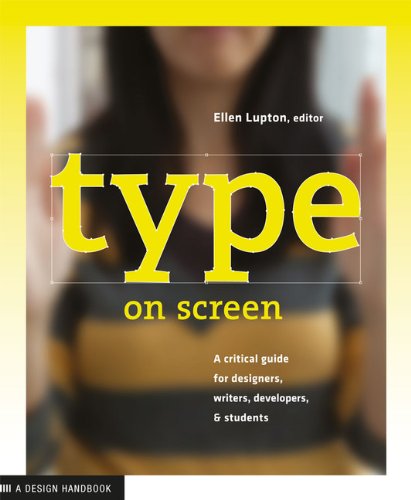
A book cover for Type on Screen: A Critical Guide for Designers, Writers, Developers, and Students (Design Briefs); Ellen Lupton; Arts & Photography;